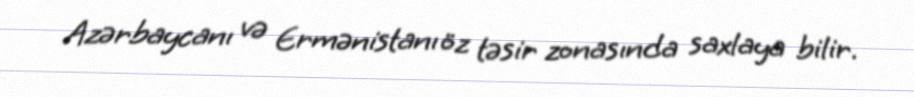
Azərbaycanı və Ermənistanı öz təsir zonasında saxlaya bilir.